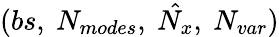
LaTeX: (bs,\ N_{modes},\ \hat{N_{x}},\ N_{var})